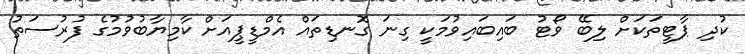
ކުދި ޕާޓީތަކަށް ލިބޭ ވޯޓު ބައިބައިވުމަކީ ގިނަ ގޮނޑިތައް އެމްޑީޕީއަށް ކާމިޔާބުވުމުގެ ފުރުސަތު